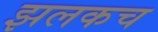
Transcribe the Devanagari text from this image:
झलकच